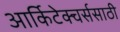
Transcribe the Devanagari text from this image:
आर्किटेक्चर्ससाठी